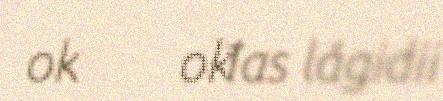
oktavuođas lágidii